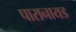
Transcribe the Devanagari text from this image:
पारानायड